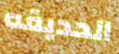
الحديقه